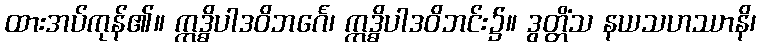
ထားအပ်ကုန်၏။ ဣဒ္ဓိပါဒဝိဘင်္ဂေ၊ ဣဒ္ဓိပါဒဝိဘင်း၌။ ဒွတ္တိံသ နယသဟဿာနိ၊